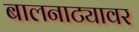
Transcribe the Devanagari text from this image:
बालनाट्यावर